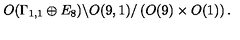
O ( \Gamma _ { 1 , 1 } \oplus E _ { 8 } ) \backslash O ( 9 , 1 ) / \left( O ( 9 ) \times O ( 1 ) \right) .